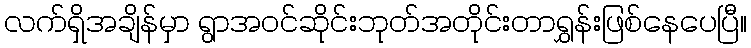
လက်ရှိအချိန်မှာ ရွာအဝင်ဆိုင်းဘုတ်အတိုင်းတာရွှန်းဖြစ်နေပေပြီ။